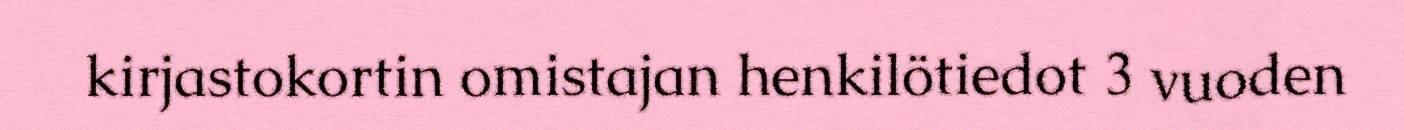
kirjastokortin omistajan henkilötiedot 3 vuoden